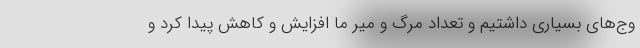
وج‌های بسیاری داشتیم و تعداد مرگ و میر ما افزایش و کاهش پیدا کرد و